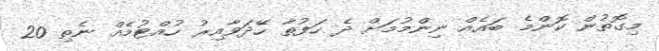
މިގޮތުން ކޮންމެ ބައެއް ނިންމުމަށް ދެ ހަފުތާ ހޭދަވާއިރު ހުއްޓުމެއް ނެތި 20